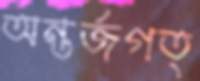
অন্তর্জগত্